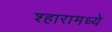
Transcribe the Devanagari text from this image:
श्हारामध्ये